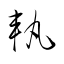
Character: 軌